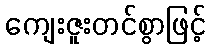
ကျေးဇူးတင်စွာဖြင့်